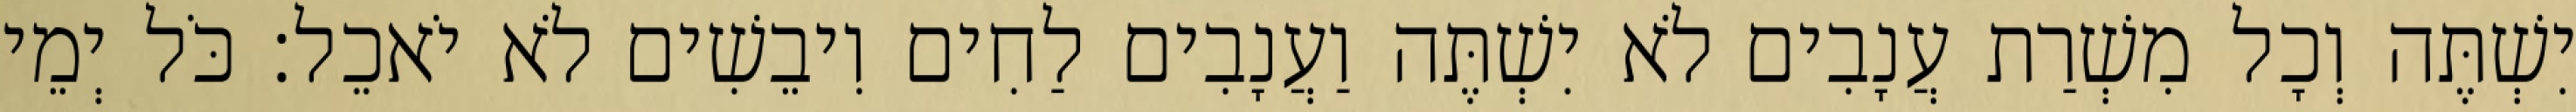
יִשְׁתֶּה וְכָל מִשְׁרַת עֲנָבִים לֹא יִשְׁתֶּה וַעֲנָבִים לַחִים וִיבֵשִׁים לֹא יֹאכֵל׃ כֹּל יְמֵי